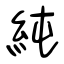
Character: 純